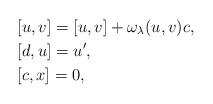
LaTeX: \begin{align*}&[u, v] = [u,v] + \omega_\lambda (u,v) c,\\&[d, u] = u',\\&[c, x] = 0,\end{align*}